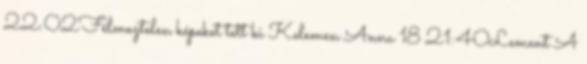
22:02Félmeztelen képeket tett ki Kelemen Anna 18 21:40Lement A